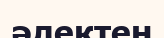
әлектен